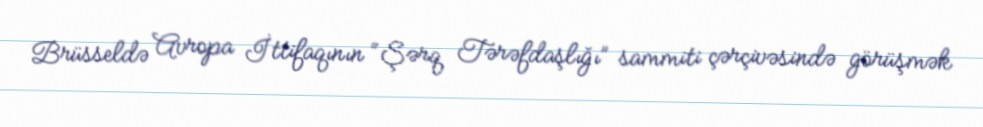
Brüsseldə Avropa İttifaqının “Şərq Tərəfdaşlığı” sammiti çərçivəsində görüşmək